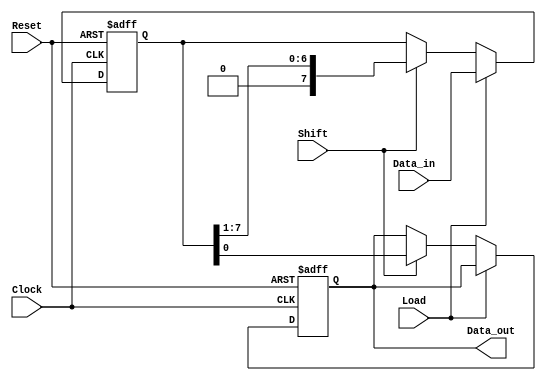
module PISO_Register #(
    parameter WIDTH = 8 // Parameter to configure the width of the Data_in bus
) (
    input  wire [WIDTH-1:0] Data_in, // Parallel input bus
    input  wire Load,                // Load control signal
    input  wire Shift,               // Shift control signal
    input  wire Clock,               // Clock signal
    input  wire Reset,               // Asynchronous reset
    output reg  Data_out             // Serial output line
);

    reg [WIDTH-1:0] shift_reg; // Shift register to hold the data

    always @(posedge Clock or posedge Reset) begin
        if (Reset) begin
            // Clear the shift register on reset
            shift_reg <= {WIDTH{1'b0}};
            Data_out <= 1'b0; // Initialize Data_out on reset
        end else begin
            if (Load) begin
                // Load data into shift register
                shift_reg <= Data_in;
            end else if (Shift) begin
                // Shift data out to Data_out
                Data_out <= shift_reg[0]; // Output the LSB
                shift_reg <= {1'b0, shift_reg[WIDTH-1:1]}; // Shift right
            end
        end
    end

endmodule